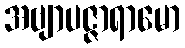
အဗျာပဇ္ဇာရာမော